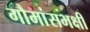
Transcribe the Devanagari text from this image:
गौमांसभक्षी